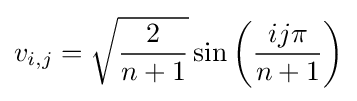
v_{i,j}={\sqrt {\frac {2}{n+1}}}\sin \left({\frac {ij\pi }{n+1}}\right)